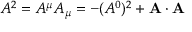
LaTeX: A ^ { 2 } = A ^ { \mu } A _ { \mu } = - ( A ^ { 0 } ) ^ { 2 } + \mathbf { A } \cdot \mathbf { A }